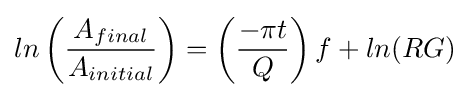
ln\left({\frac {A_{final}}{A_{initial}}}\right)=\left({\frac {-{\pi }t}{Q}}\right)f+ln(RG)